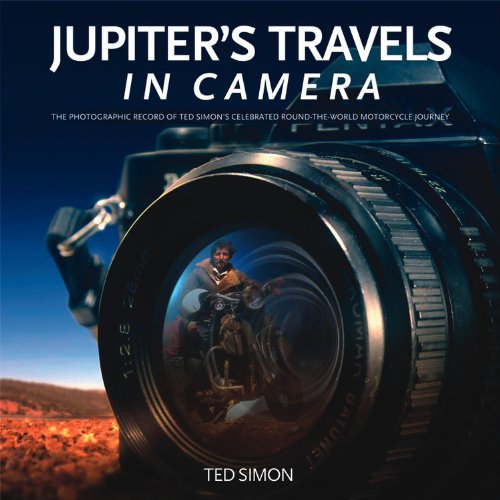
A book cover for Jupiter's Travels in Camera: The photographic record of Ted Simon's celebrated round-the-world motorcycle journey; Ted Simon; Arts & Photography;